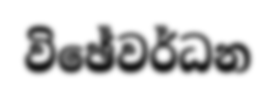
විඡේවර්ධන